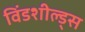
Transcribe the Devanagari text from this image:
विंडशील्ड्स